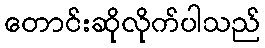
တောင်းဆိုလိုက်ပါသည်